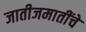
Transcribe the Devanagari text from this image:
जातीजमातींचे